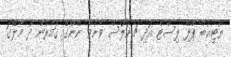
ޔޫޓިއުބް ޕްލޭ ލިސްޓް އަދި ޗެނަލްސް ވާނުވާ ނޭންގޭ ގަމާރުން ދޫ މާލޭގަ